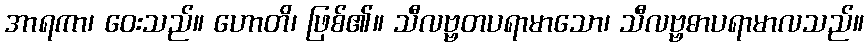
အာရကာ၊ ဝေးသည်။ ဟောတိ၊ ဖြစ်၏။ သီလဗ္ဗတပရာမာသော၊ သီလဗ္ဗဓာပရာမာလသည်။